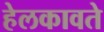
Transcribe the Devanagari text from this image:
हेलकावते